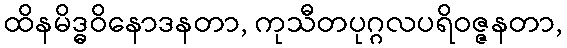
ထိနမိဒ္ဓဝိနောဒနတာ, ကုသီတပုဂ္ဂလပရိဝဇ္ဇနတာ,